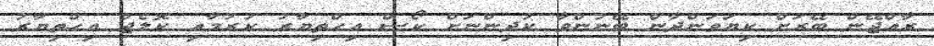
ރާއްޖޭން ބޭރަށް ކިޔަވަންދާން ބޭނުންވާ ކުދިންނަށް ކޯސް އިހްތިޔާރު ކުރުމާއި ކޮލެޖް އިހްތިޔާރު